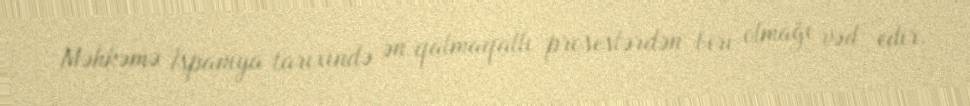
Məhkəmə İspaniya tarixində ən qalmaqallı proseslərdən biri olmağı vəd edir.